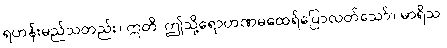
ရဟန်းမည်သတည်း။ ဣတိ၊ ဤသို့ရောဟဏမထေရ်ပြောလတ်သော်။ မာရိသ၊